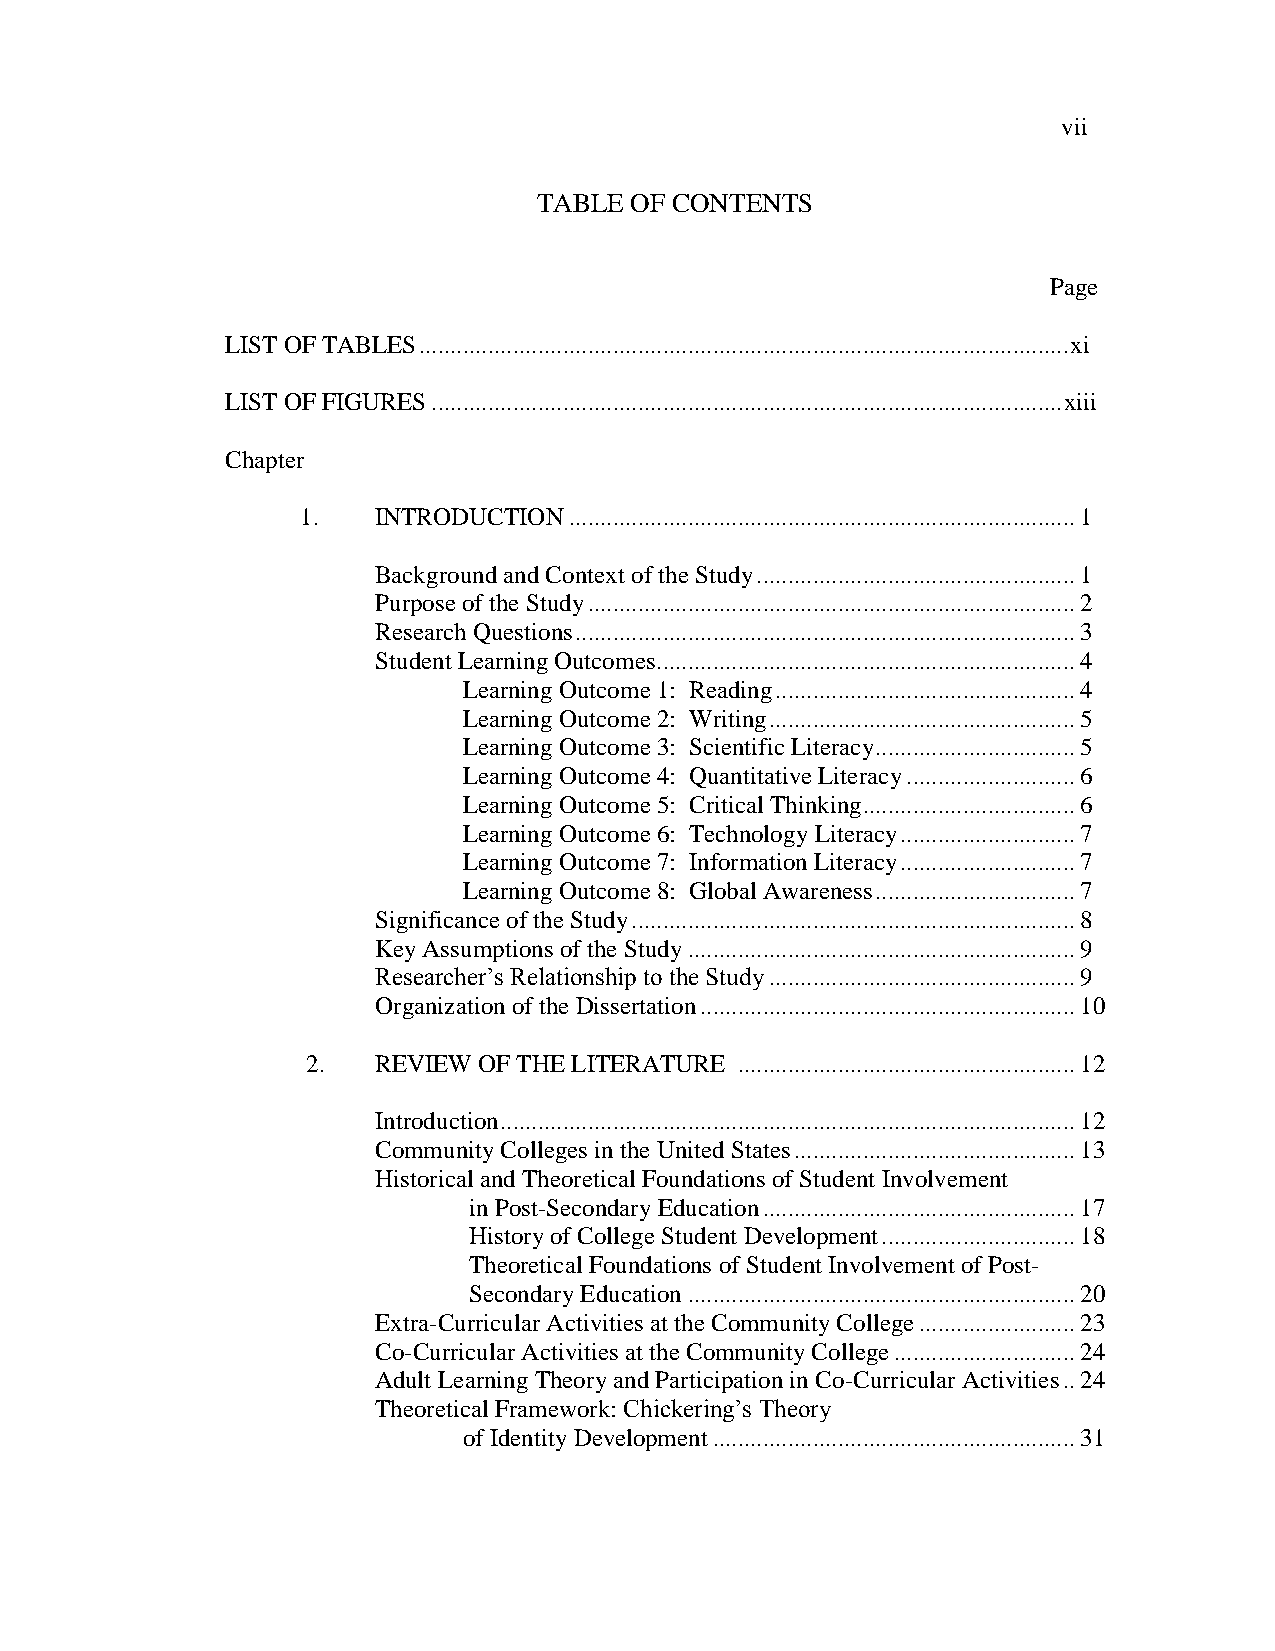
vii
 TABLE OF CONTENTS
 Page
 LIST OF TABLES ........................................................................................................ xi
 LIST OF FIGURES ..................................................................................................... xiii
 Chapter
 1.   INTRODUCTION ................................................................................. 1
 Background and Context of the Study ................................................... 1
 Purpose of the Study .............................................................................. 2
 Research Questions ................................................................................ 3
 Student Learning Outcomes ................................................................... 4
 Learning Outcome 1: Reading ................................................ 4
 Learning Outcome 2: Writing ................................................. 5
 Learning Outcome 3: Scientific Literacy ................................ 5
 Learning Outcome 4: Quantitative Literacy ........................... 6
 Learning Outcome 5: Critical Thinking .................................. 6
 Learning Outcome 6: Technology Literacy ............................ 7
 Learning Outcome 7: Information Literacy ............................ 7
 Learning Outcome 8: Global Awareness ................................ 7
 Significance of the Study ....................................................................... 8
 Key Assumptions of the Study .............................................................. 9
 Researcher‘s Relationship to the Study ................................................. 9
 Organization of the Dissertation ............................................................ 10
 2.   REVIEW OF THE LITERATURE ...................................................... 12
 Introduction ............................................................................................ 12
 Community Colleges in the United States ............................................. 13
 Historical and Theoretical Foundations of Student Involvement
 in Post-Secondary Education .................................................. 17
 History of College Student Development ............................... 18
 Theoretical Foundations of Student Involvement of Post-
 Secondary Education .............................................................. 20
 Extra-Curricular Activities at the Community College ......................... 23
 Co-Curricular Activities at the Community College ............................. 24
 Adult Learning Theory and Participation in Co-Curricular Activities .. 24
 Theoretical Framework: Chickering‘s Theory
 of Identity Development .......................................................... 31